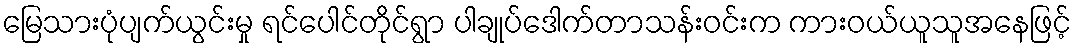
မြေသားပုံပျက်ယွင်းမှု ရင်ပေါင်တိုင်ရွာ ပါချုပ်ဒေါက်တာသန်းဝင်းက ကားဝယ်ယူသူအနေဖြင့်